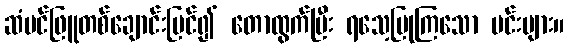
ဆံပင်ဖြူတစ်ချောင်းမြင်၍ တောထွက်ပြီး ရသေ့ပြုကြသော မင်းများ။